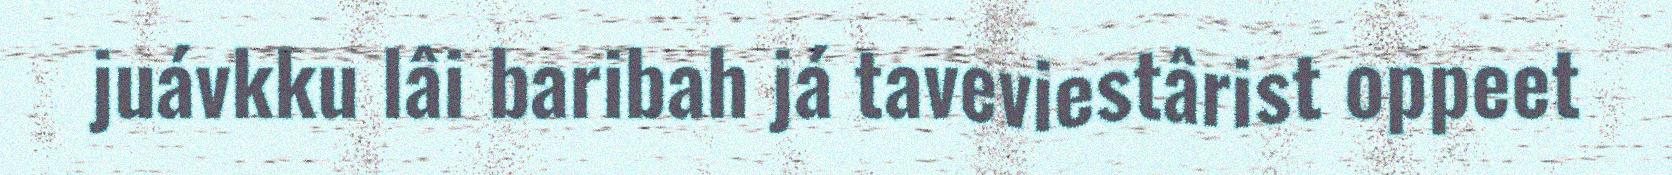
juávkku lâi baribah já taveviestârist oppeet